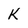
Character: K